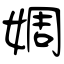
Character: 婤